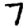
Digit: 7